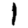
Digit: 1